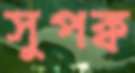
সুপক্ব